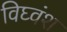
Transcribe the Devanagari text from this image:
विघ्वंश